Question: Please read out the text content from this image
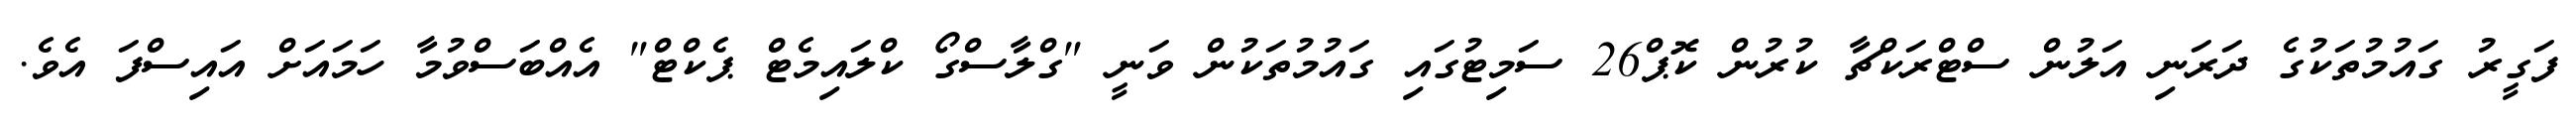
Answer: ފަގީރު ގައުމުތަކުގެ ދަރަނި އަލުން ސްޓްރަކްޗާ ކުރުން ކޮޕް26 ސަމިޓުގައި ގައުމުތަކުން ވަނީ "ގްލާސްގޯ ކްލައިމެޓް ޕެކްޓް" އެއްބަސްވުމާ ހަމައަށް އައިސްފަ އެވެ.